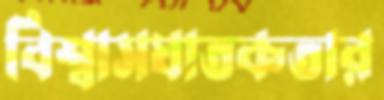
বিশ্বাসঘাতকতার